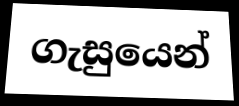
ගැසුයෙන්